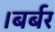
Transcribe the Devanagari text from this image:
।बर्बर